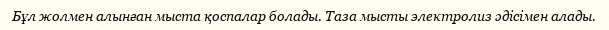
Бұл жолмен алынған мыста қоспалар болады. Таза мысты электролиз әдісімен алады.